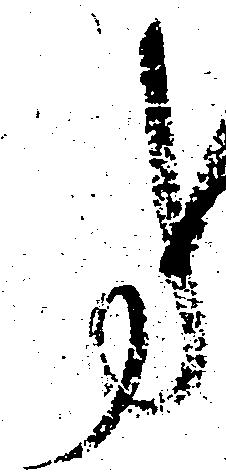
事